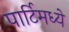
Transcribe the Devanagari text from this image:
पार्टिमध्ये